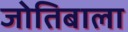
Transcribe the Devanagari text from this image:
जोतिबाला